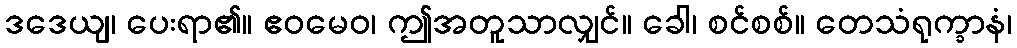
ဒဒေယျ၊ ပေးရာ၏။ ဧဝမေဝ၊ ဤအတူသာလျှင်။ ခေါ၊ စင်စစ်။ တေသံရုက္ခာနံ၊